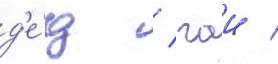
д'е́д / гаи /